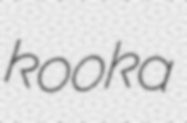
kooka